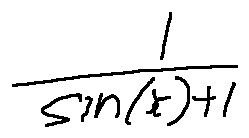
\frac { 1 } { \sin ( x ) + 1 }